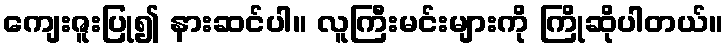
ကျေးဇူးပြု၍ နားဆင်ပါ။ လူကြီးမင်းများကို ကြိုဆိုပါတယ်။